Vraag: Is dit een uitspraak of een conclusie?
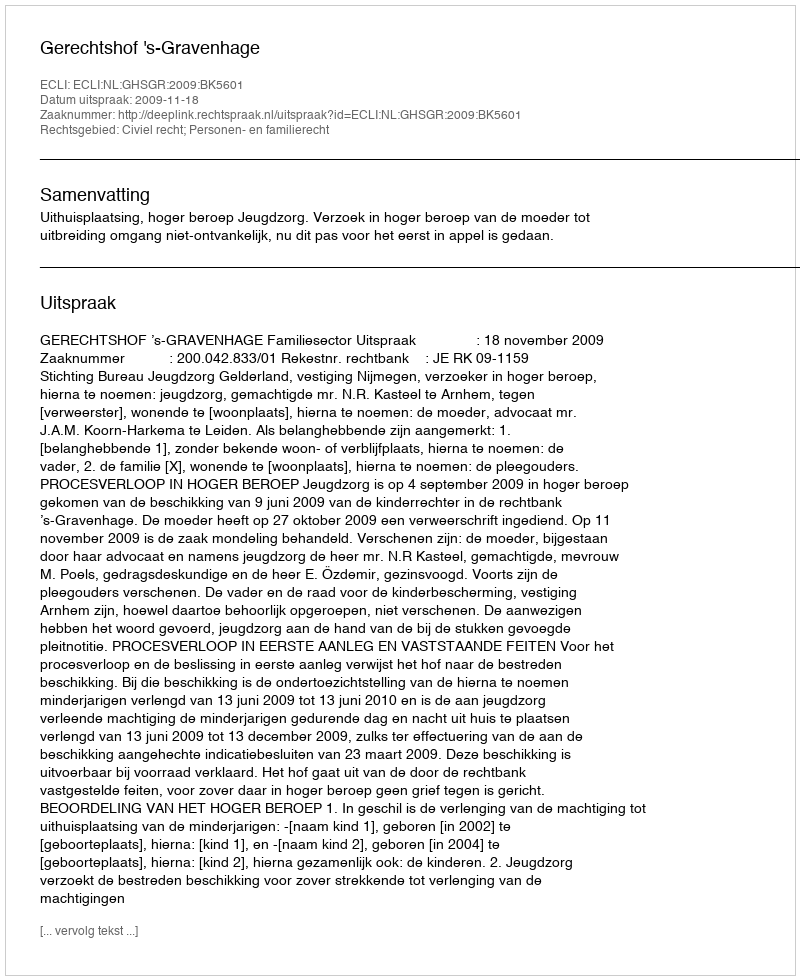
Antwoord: Uitspraak